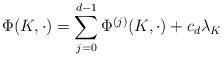
LaTeX: \begin{align*}\Phi (K,\cdot) = \sum_{j=0}^{d-1} \Phi^{(j)}(K,\cdot) + c_d\lambda_K \end{align*}